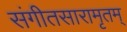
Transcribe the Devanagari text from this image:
संगीतसारामृतम्